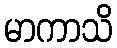
မာကာသိ